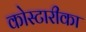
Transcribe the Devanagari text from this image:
कोस्टारीका